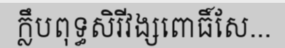
ក្លឹបពុទ្ធសិរីវង្សពោធិ៍សែ...